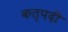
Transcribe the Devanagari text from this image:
कत्पदी